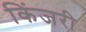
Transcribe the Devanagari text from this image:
किंजरी